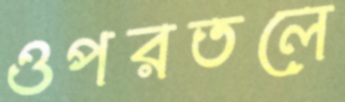
ওপরতলে